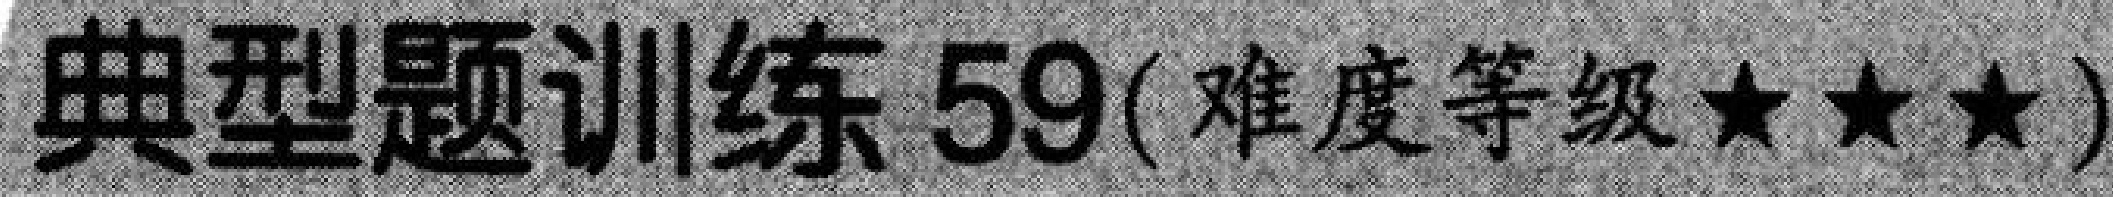
典型题训练 59(难度等级★★★)